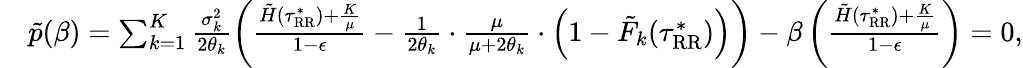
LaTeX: \begin{array}{rl}&{\tilde{p}(\beta)=\sum_{k=1}^{K}\frac{\sigma_{k}^{2}}{2\theta_{k}}\left(\frac{\tilde{H}(\tau_{\mathrm{RR}}^{*})+\frac{K}{\mu}}{1-\epsilon}-\frac{1}{2\theta_{k}}\cdot\frac{\mu}{\mu+2\theta_{k}}\cdot\left(1-\tilde{F}_{k}(\tau_{\mathrm{RR}}^{*})\right)\right)-\beta\left(\frac{\tilde{H}(\tau_{\mathrm{RR}}^{*})+\frac{K}{\mu}}{1-\epsilon}\right)=0,}\end{array}